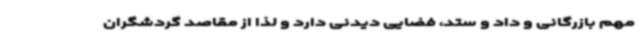
مهم بازرگانی و داد و ستد، فضایی دیدنی دارد و لذا از مقاصد گردشگران